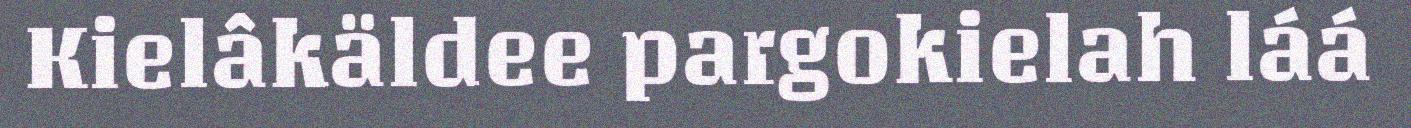
Kielâkäldee pargokielah láá